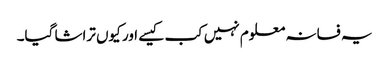
یہ فسانہ معلوم نہیں کب کیسے اور کیوں تراشا گیا۔